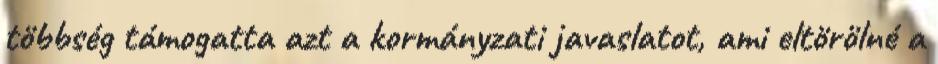
többség támogatta azt a kormányzati javaslatot, ami eltörölné a